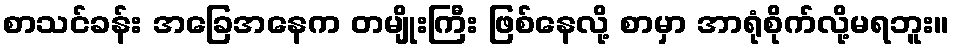
စာသင်ခန်း အခြေအနေက တမျိုးကြီး ဖြစ်နေလို့ စာမှာ အာရုံစိုက်လို့မရဘူး။